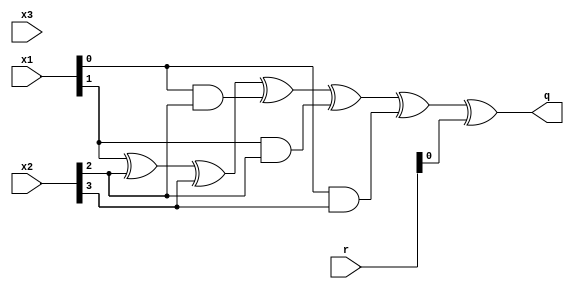
/*
* -----------------------------------------------------------------
* DOCUMENT: "Second-Order Low-Randomness d+1 Hardware Sharing of the AES" CCS'22
* -----------------------------------------------------------------
*
* Copyright (c) 2022, Aein Rezaei Shahmirzadi
*
* All rights reserved.
*
* THIS SOFTWARE IS PROVIDED BY THE COPYRIGHT HOLDERS AND CONTRIBUTORS "AS IS" AND
* ANY EXPRESS OR IMPLIED WARRANTIES, INCLUDING, BUT NOT LIMITED TO, THE IMPLIED
* WARRANTIES OF MERCHANTABILITY AND FITNESS FOR A PARTICULAR PURPOSE ARE
* DISCLAIMED. IN NO EVENT SHALL THE COPYRIGHT HOLDER OR CONTRIBUTERS BE LIABLE FOR ANY
* DIRECT, INDIRECT, INCIDENTAL, SPECIAL, EXEMPLARY, OR CONSEQUENTIAL DAMAGES
* (INCLUDING, BUT NOT LIMITED TO, PROCUREMENT OF SUBSTITUTE GOODS OR SERVICES;
* LOSS OF USE, DATA, OR PROFITS; OR BUSINESS INTERRUPTION) HOWEVER CAUSED AND
* ON ANY THEORY OF LIABILITY, WHETHER IN CONTRACT, STRICT LIABILITY, OR TORT
* (INCLUDING NEGLIGENCE OR OTHERWISE) ARISING IN ANY WAY OUT OF THE USE OF THIS
* SOFTWARE, EVEN IF ADVISED OF THE POSSIBILITY OF SUCH DAMAGE.
*
* Please see LICENSE and README for license and further instructions.
*/

module Func1_Up_2OM_CF(
    input [3:0] x1,
    input [3:0] x2,
    input [3:0] x3,
    input [5:0] r,
    output q
    );

	wire [3:1] a;
	wire [3:1] b;
	wire [3:1] c;
	wire [3:1] d;
	
	
	assign a = {x3[0], x2[0], x1[0]};
	assign b = {x3[1], x2[1], x1[1]};
	assign c = {x3[2], x2[2], x1[2]};
	assign d = {x3[3], x2[3], x1[3]};

	parameter num = 1;
	
	parameter Coordinate_Function = 0;
	 
	generate
	
		if(Coordinate_Function==0) begin
			if(num==0) begin
				assign q = (a[1]) ^ (c[1]) ^ (a[1]&c[1]) ^ (b[1]&c[1]) ^ (a[1]&d[1]);
			end                             
			if(num==1) begin                
				assign q = (b[1]) ^ (c[2]) ^ (d[2]) ^ (a[1]&c[2]) ^ (b[1]&c[2]) ^ (a[1]&d[2])						^ r[0];
			end                                                                                             
			if(num==2) begin                                                                                
				assign q =  (a[1]) ^ (d[3]) ^ (a[1]&c[3]) ^ (b[1]&c[3]) ^ (a[1]&d[3])                        ^ r[1];
			end                                                                                             
			if(num==3) begin                                                                                
				assign q = (a[2]) ^ (c[1]) ^ (a[2]&c[1]) ^ (b[2]&c[1]) ^ (a[2]&d[1])                         ^ r[0];
			end                                                                                             
			if(num==4) begin                                                                                
				assign q = (a[2]&c[2]) ^ (b[2]&c[2]) ^ (a[2]&d[2]);                                          
			end                                                                                             
			if(num==5) begin                                                                                
				assign q = (a[2]) ^ (b[2]) ^ (c[3]) ^ (d[3]) ^ (a[2]&c[3]) ^ (b[2]&c[3]) ^ (a[2]&d[3])       ^ r[2];
			end                                                                                             
			if(num==6) begin                                                                                
				assign q =  (a[3]) ^ (d[1]) ^ (a[3]&c[1]) ^ (b[3]&c[1]) ^ (a[3]&d[1])                        ^ r[1];
			end                                                                                             
			if(num==7) begin                                                                                
				assign q = (c[2]) ^ (a[3]&c[2]) ^ (b[3]&c[2]) ^ (a[3]&d[2])                                  ^ r[2];
			end              
			if(num==8) begin 
				assign q = (a[3]) ^ (b[3]) ^ (c[3]) ^ (d[3]) ^ (a[3]&c[3]) ^ (b[3]&c[3]) ^ (a[3]&d[3]); 
			end
		end
		
		if(Coordinate_Function==1) begin
			if(num==0) begin
				assign q = (c[1]) ^ (b[1]&c[1]) ^ (a[1]&d[1]) ^ (b[1]&d[1]); 
			end              
			if(num==1) begin 
				assign q = (a[1]) ^ (b[1]) ^ (d[2]) ^ (b[1]&c[2]) ^ (a[1]&d[2]) ^ (b[1]&d[2])  				^ r[3];
			end                                                                                          
			if(num==2) begin                                                                             
				assign q = (c[3]) ^ (d[3]) ^ (b[1]&c[3]) ^ (a[1]&d[3]) ^ (b[1]&d[3])                      ^ r[4];
			end                                                                                          
			if(num==3) begin                                                                             
				assign q = (d[1]) ^ (b[2]&c[1]) ^ (a[2]&d[1]) ^ (b[2]&d[1])                               ^ r[3];
			end                                                                                          
			if(num==4) begin                                                                             
				assign q = (b[2]&c[2]) ^ (a[2]&d[2]) ^ (b[2]&d[2]);                                       
			end                                                                                          
			if(num==5) begin                                                                             
				assign q = (a[2]) ^ (b[2]) ^ (c[3]) ^ (d[3]) ^ (b[2]&c[3]) ^ (a[2]&d[3]) ^ (b[2]&d[3])    ^ r[5];
			end                                                                                          
			if(num==6) begin                                                                             
				assign q = (b[3]) ^ (a[3]&b[3]) ^ (b[3]&c[1]) ^ (a[3]&d[1]) ^ (b[3]&d[1])                 ^ r[4];
			end                                                                                          
			if(num==7) begin                                                                             
				assign q = (c[2]) ^ (b[3]&c[2]) ^ (a[3]&d[2]) ^ (b[3]&d[2])                               ^ r[5];
			end              
			if(num==8) begin 
				assign q = (a[3]) ^ (c[3]) ^ (d[3]) ^ (a[3]&b[3]) ^ (b[3]&c[3]) ^ (a[3]&d[3]) ^ (b[3]&d[3]);  
			end
		end

	endgenerate


endmodule